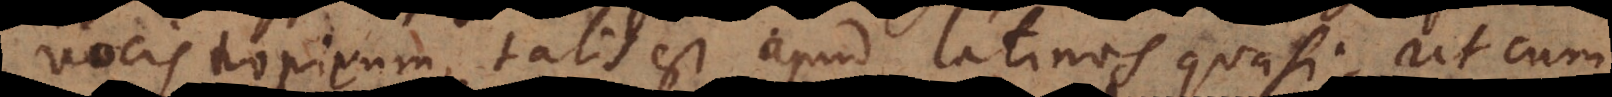
vocis tropicum, talis est apud latinos quasi. Ut cum